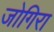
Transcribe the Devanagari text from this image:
जोगिरा